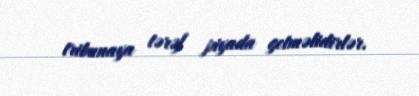
tribunaya tərəf piyada getməlidirlər.